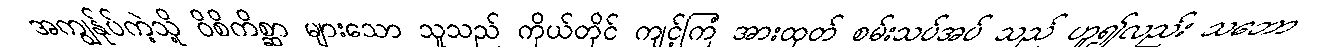
အကျွန်ုပ်ကဲ့သို့ ဝိစိကိစ္ဆာ များသော သူသည် ကိုယ်တိုင် ကျင့်ကြံ အားထုတ် စမ်းသပ်အပ် သည် ဟူ၍လည်း သဘော